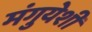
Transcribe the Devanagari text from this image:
मंगुयेशी